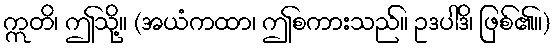
ဣတိ၊ ဤသို့။ (အယံကထာ၊ ဤစကားသည်။ ဥဒပါဒိ၊ ဖြစ်၏။)